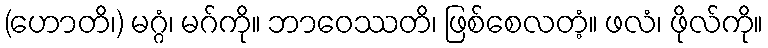
(ဟောတိ၊) မဂ္ဂံ၊ မဂ်ကို။ ဘာဝေဿတိ၊ ဖြစ်စေလတံ့။ ဖလံ၊ ဖိုလ်ကို။